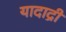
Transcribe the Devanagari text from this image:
यादाद्री